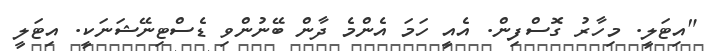
"އިޓަލީ. މިހާރު ގޮސްފިން. އެއީ ހަމަ އެންމެ ދާން ބޭނުންވި ޑެސްޓިނޭޝަނަކީ. އިޓަލީ